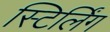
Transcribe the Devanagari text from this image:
स्टिर्लिंग